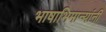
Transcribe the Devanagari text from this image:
भाषाभिमान्यांनी